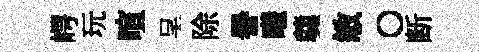
崿玩喧呈除譽曦羹敏〇断